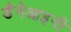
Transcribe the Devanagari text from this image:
डैनेआइनी